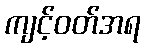
ကျင့်ဝတ်အရ